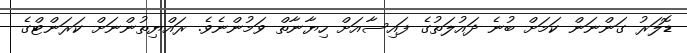
ޑޮލަރު ގަންނަން ކަމަށް ބުނެ ދައުލަތުގެ ފައިސާއަށް ހިޔާނާތް ވަމުންނެވެ. ރައްޔިތުންނަށް ކަރަންޓްގެ